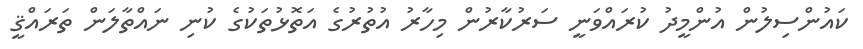
ކައުންސިލުން އުންމީދު ކުރައްވަނީ ސަރުކާރުން މިހާރު އުތުރުގެ އަތޮޅުތަކުގެ ކުނި ނައްތާލަން ތަރައްޤީ